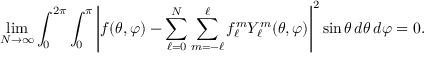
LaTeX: \operatorname* { l i m } _ { N \to \infty } \int _ { 0 } ^ { 2 \pi } \int _ { 0 } ^ { \pi } \left| f ( \theta , \varphi ) - \sum _ { \ell = 0 } ^ { N } \sum _ { m = - \ell } ^ { \ell } f _ { \ell } ^ { m } Y _ { \ell } ^ { m } ( \theta , \varphi ) \right| ^ { 2 } \sin \theta \, d \theta \, d \varphi = 0 .